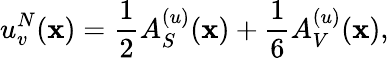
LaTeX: u_{v}^{N}(\mathbf{x})=\frac{{1}}{{2}}A_{S}^{(u)}(\mathbf{x})+\frac{{1}}{{6}}A_{V}^{(u)}(\mathbf{x}),